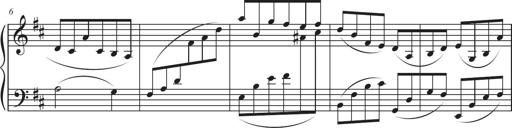
Title: Sonatina in D major
Composer: Shota Saitoh
Key: D major